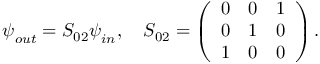
\begin{array} { r } { \boldsymbol { \psi } _ { o u t } = S _ { 0 2 } \boldsymbol { \psi } _ { i n } , \quad S _ { 0 2 } = \left( \begin{array} { c c c c } { 0 } & { 0 } & { 1 } \\ { 0 } & { 1 } & { 0 } \\ { 1 } & { 0 } & { 0 } \end{array} \right) . } \end{array}